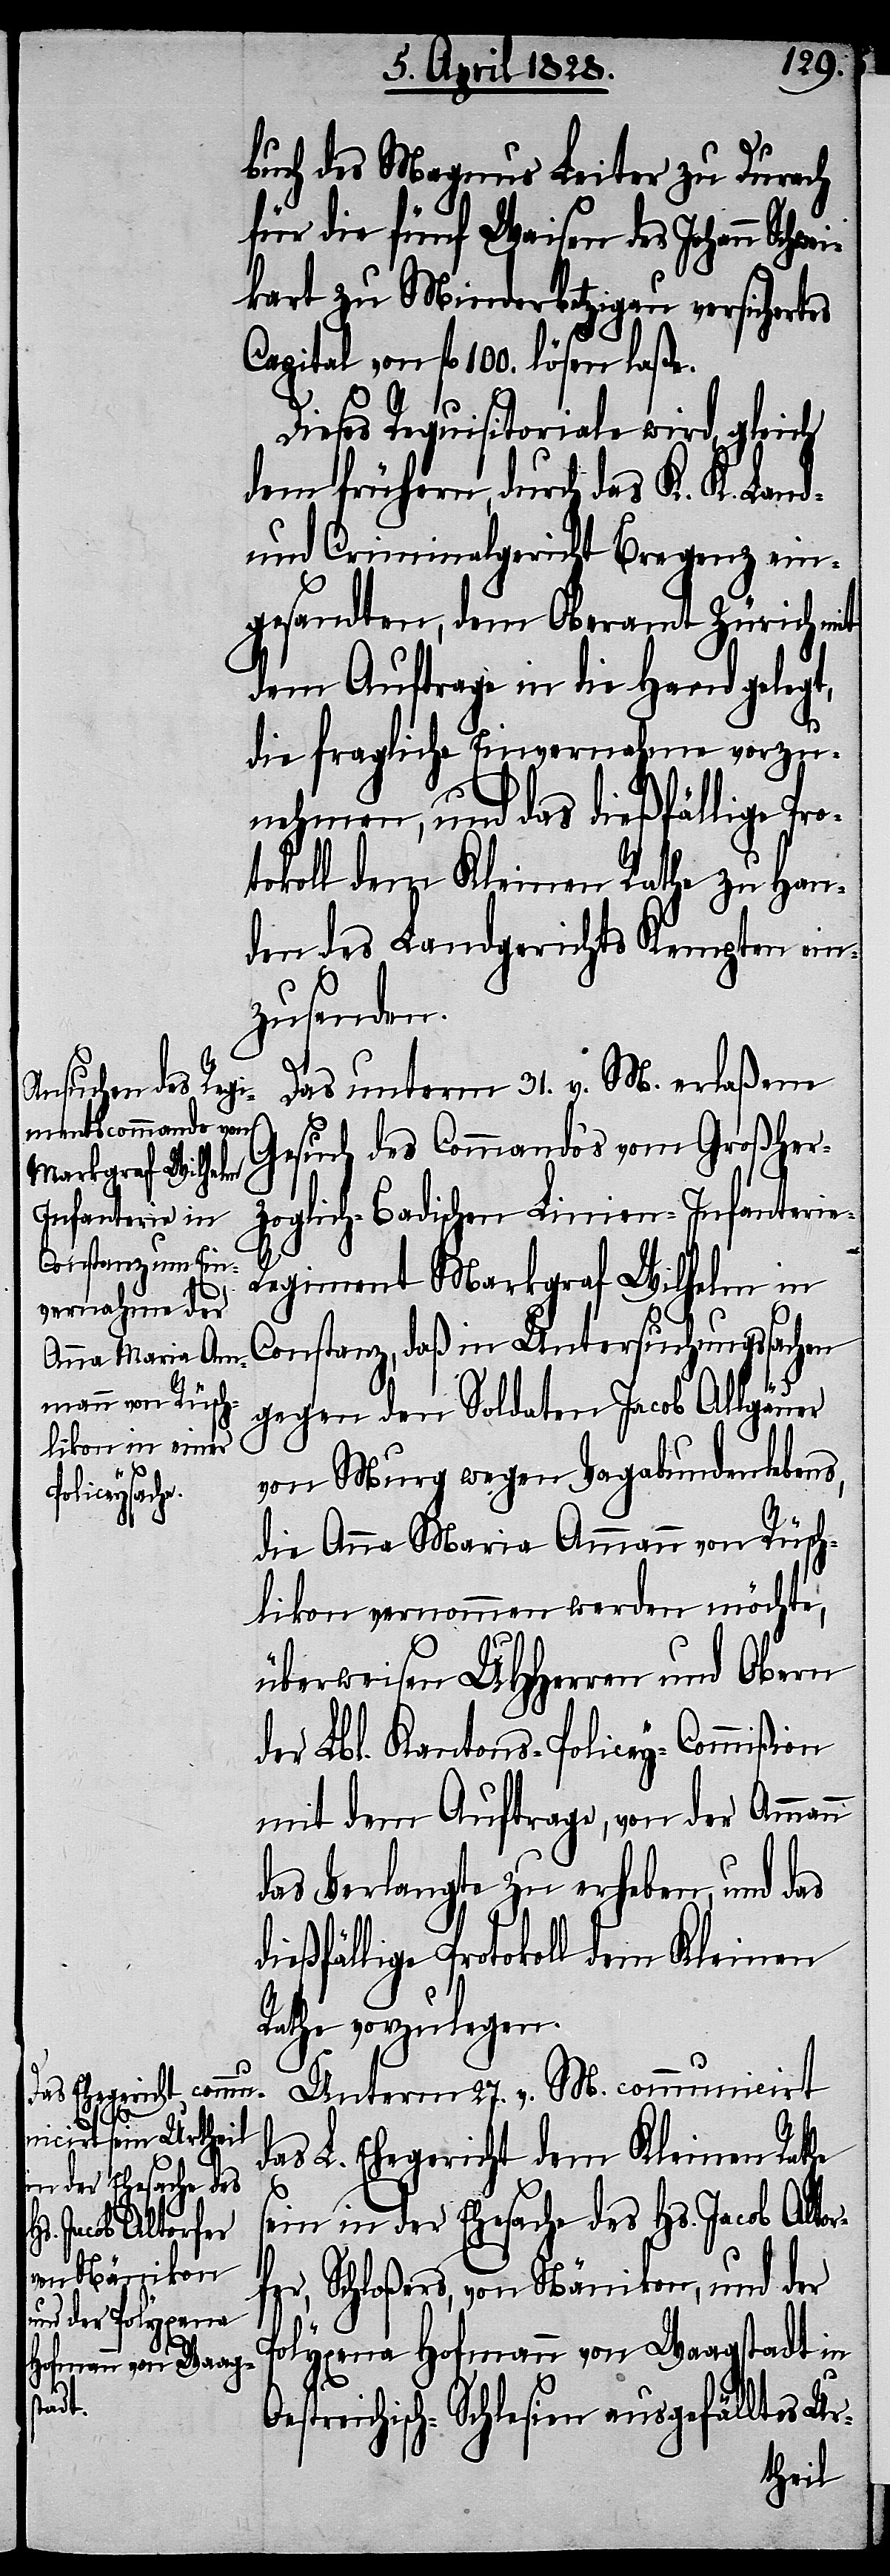
buch des Magnus Leiter zu Durach
für die fünf Waisen des Johann Sch¬
kart zu Minderbetzigau versichertes
Capital von fl. 100. lösen laße.
Dieses Requisitoriale wird, gleich
dem frühern, durch das K. K. Land-
und Criminalgericht Bregenz ein¬
gesandten, dem Oberamt Zürich mit
dem Auftrage in die Hand gelegt,
die fragliche Einvernahme vorzu¬
nehmen, und das dießfällige Pro¬
tokoll dem Kleinen Rathe zu Han¬
den des Landgerichts Kempten ein¬
zusenden.
wei¬
Das unterm 31. v. M. erlaßene
Gesuch des Commando‘s vom Großher¬
zoglich-Badischen Linien-Infanteri¬
e-Regiment Markgraf Wilhelm in
Constanz, daß in Untersuchungssachen
d¬
gegen den Soldaten Jacob Allgäuer
von Murg wegen Vagabundenlebens,
die Anna Maria Ammann von Rüsch¬
likon vernommen werden möchte,
überweisen UHHerren und Obern
der Lbl. Kantons-Policey-Commißion
mit dem Auftrage, von der Ammann
das Verlangte zu erheben, und das
ießfällige Protokoll dem Kleinen
Rathe vorzulegen.
Unterm 27. v. M. communicirt
das L. Ehegericht dem Kleinen Rathe
sein in der Ehesache des Hs. Jacob Altor¬
fer, Schloßers, von Nänikon, und der
Polyxena Hofmann von Waagstadt in
Oestreichisch-Schlesien ausgefälltes Ur-